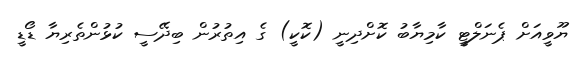
ޔޫވީއަށް ޕެނަލްޓީ ކާމިޔާބު ކޮށްދިނީ (ކޮކީ) ގެ އިތުރުން ބިދޭސީ ކުޅުންތެރިޔާ ޑޯޑީ